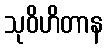
သုဝိဟိတာန